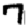
Digit: 7